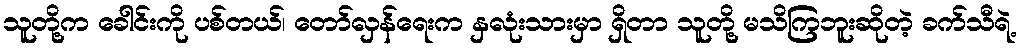
သူတို့က ခေါင်းကို ပစ်တယ်၊ တော်လှန်ရေးက နှလုံးသားမှာ ရှိတာ သူတို့ မသိကြဘူးဆိုတဲ့ ခက်သီရဲ့